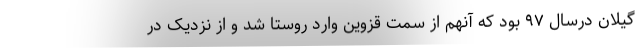
گیلان درسال ۹۷ بود که آنهم از سمت قزوین وارد روستا شد و از نزدیک در